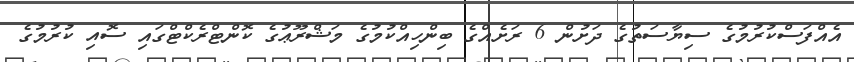
އެއްފަސްކުރުމުގެ ސިޔާސަތުގެ ދަށުން 6 ރަށެއްގެ ބިންހިއްކުމުގެ މަޝްރޫޢުގެ ކޮންޓްރެކްޓްގައި ސޮއި ކުރުމުގެ